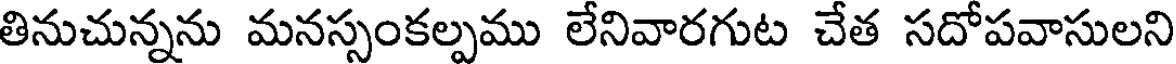
తినుచున్నను మనస్సంకల్పము లేనివారగుట చేత సదోపవాసులని